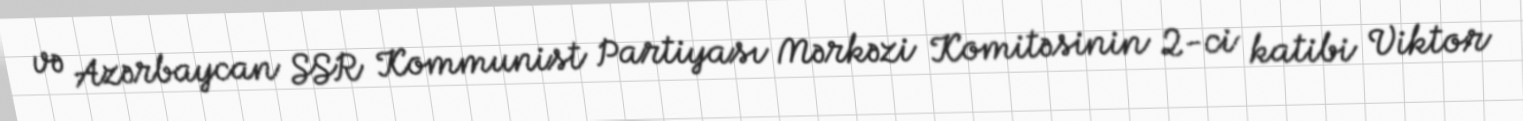
və Azərbaycan SSR Kommunist Partiyası Mərkəzi Komitəsinin 2-ci katibi Viktor